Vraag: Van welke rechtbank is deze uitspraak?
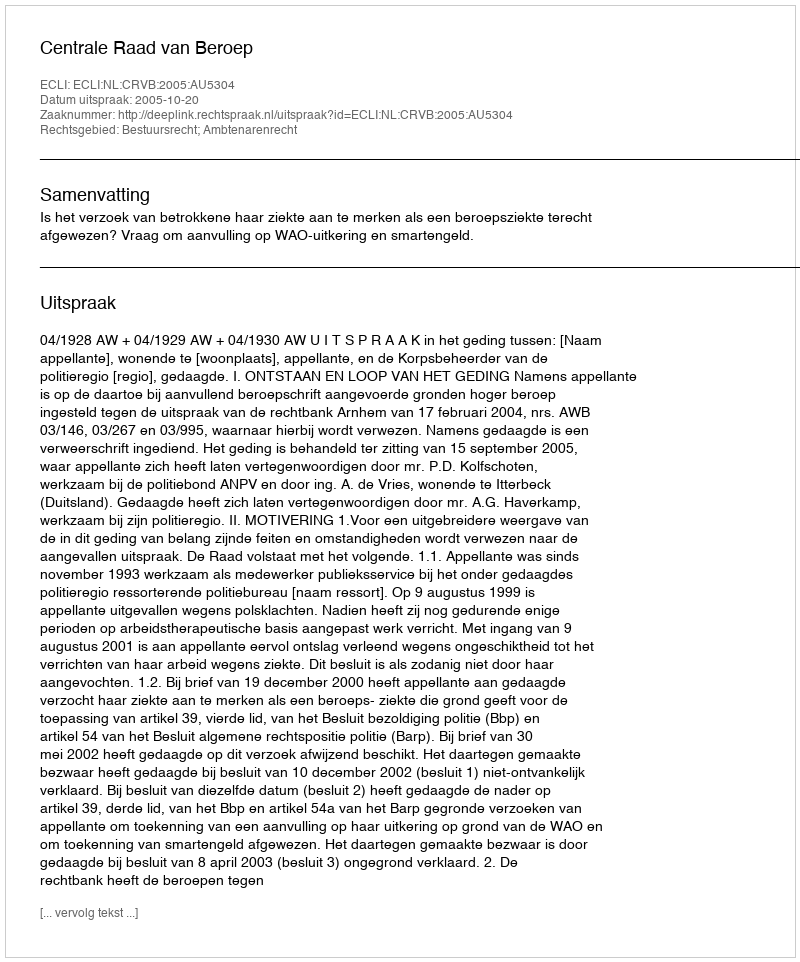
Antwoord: Centrale Raad van Beroep